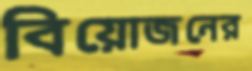
বিয়োজনের